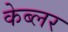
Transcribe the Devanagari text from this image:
केब्लर